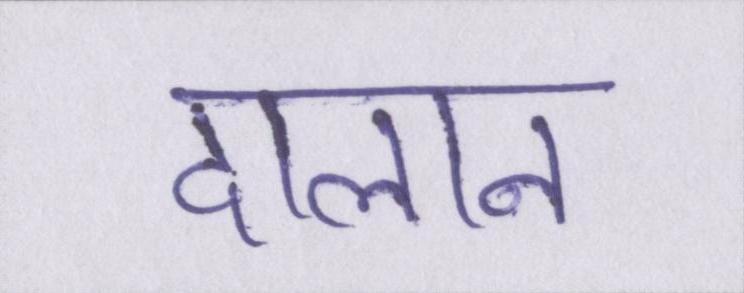
दालान